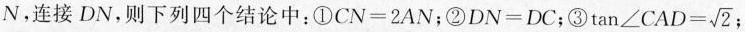
N，连接DN，则下列四个结论中：①$$CN=2AN$$；②$$DN=DC$$；③ $$\tan \angle CAD= \sqrt{2}$$;